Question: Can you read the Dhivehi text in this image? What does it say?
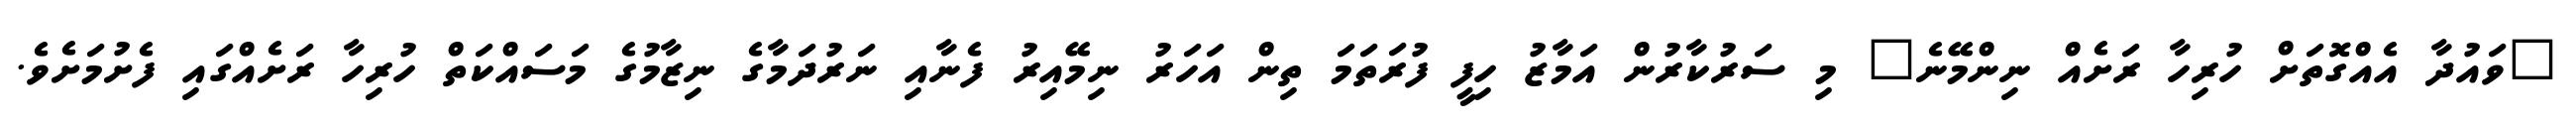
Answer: "ވައުދާ އެއްގޮތަށް ހުރިހާ ރަށެއް ނިންމޭނެ" މި ސަރުކާރުން އަމާޒު ހިފީ ފުރަތަމަ ތިން އަހަރު ނިމޭއިރު ފެނާއި ނަރުދަމާގެ ނިޒާމުގެ މަސައްކަތް ހުރިހާ ރަށެއްގައި ފެށުމަށެވެ.